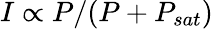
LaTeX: I\propto P/(P+P_{sat})